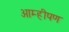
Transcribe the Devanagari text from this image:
आम्हीपण